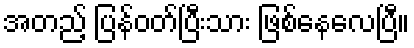
အတည့် ပြန်ဝတ်ပြီးသား ဖြစ်နေလေပြီ။